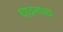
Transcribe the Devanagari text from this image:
धावनपथ